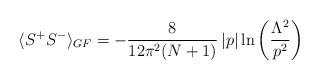
\begin{align*}\langle S^{+}S^{-}\rangle_{GF}=-\frac{8}{12\pi^{2}(N+1)}\left|p\right|\ln\left(\frac{\Lambda^{2}}{p^{2}}\right)\end{align*}